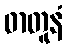
ဓာတူနံ